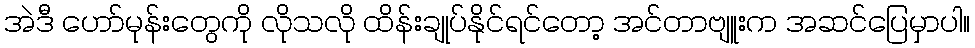
အဲဒီ ဟော်မုန်းတွေကို လိုသလို ထိန်းချုပ်နိုင်ရင်တော့ အင်တာဗျူးက အဆင်ပြေမှာပါ။